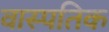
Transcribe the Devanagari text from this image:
वास्पतिक